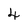
Character: 4